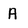
Character: A